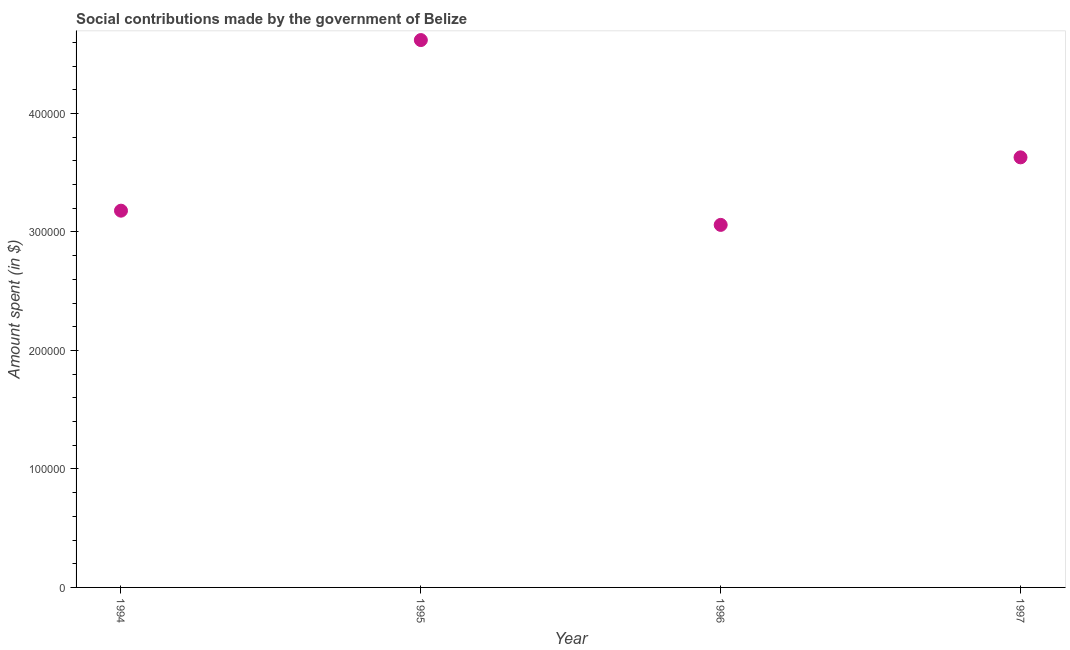
| Year | Social contributions |
 | --- | --- |
 | 1994 | 3.18e+05 |
 | 1995 | 4.62e+05 |
 | 1996 | 3.06e+05 |
 | 1997 | 3.63e+05 |